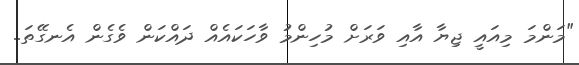
"މަންމަ މިއައީ ޖިޔާ އާއި ވަރަށް މުހިންމު ވާހަކައެއް ދައްކަން ވެގެން އެނގޭތަ..